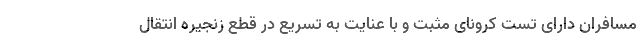
مسافران دارای تست کرونای مثبت و با عنایت به تسریع در قطع زنجیره انتقال